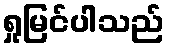
ရှုမြင်ပါသည်